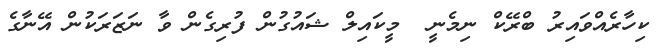
ކިހާރެއްވައިރު ބްރޭކް ނިމެނީ  މީކައިލް ޝައުގުން ފުރިގެން ވާ ނަޒަރަކުން އޭނާގެ